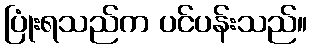
ပြုံးရသည်က ပင်ပန်းသည်။